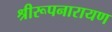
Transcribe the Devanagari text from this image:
श्रीरूपनारायण